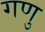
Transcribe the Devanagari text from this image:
गणु